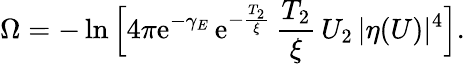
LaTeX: \Omega=-\ln\Big[4\pi\mathrm{e}^{-\gamma_{E}}\, \mathrm{e}^{-\frac{{T_{2}}}{{\xi}}}\, \frac{{T_{2}}}{{\xi}}\, U_{2}\, \vert\eta(U)\vert^{4}\Big].